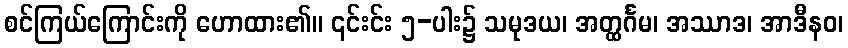
စင်ကြယ်ကြောင်းကို ဟောထား၏။ ၎င်းင်း ၅-ပါး၌ သမုဒယ၊ အတ္ထင်္ဂမ၊ အဿာဒ၊ အာဒီနဝ၊